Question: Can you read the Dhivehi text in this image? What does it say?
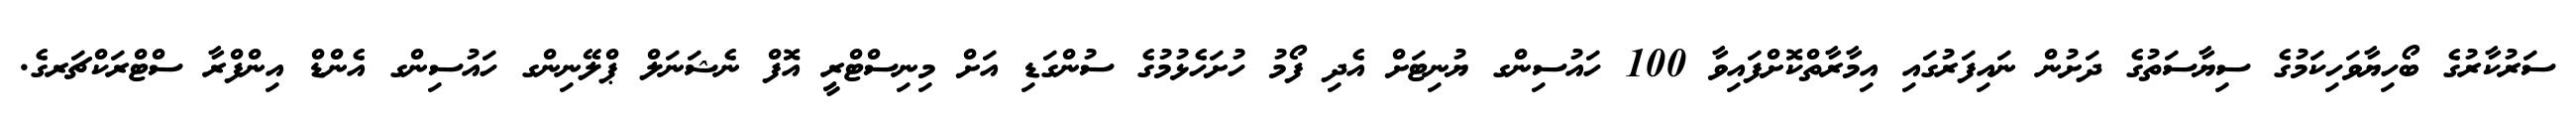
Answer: ސަރުކާރުގެ ބޯހިޔާވަހިކަމުގެ ސިޔާސަތުގެ ދަށުން ނައިފަރުގައި އިމާރާތްކޮށްފައިވާ 100 ހައުސިންގ ޔުނިޓަށް އެދި ފޯމު ހުށަހެޅުމުގެ ސުންގަޑި އަށް މިނިސްޓްރީ އޮފް ނެޝަނަލް ޕްލޭނިންގ ހައުސިންގ އެންޑް އިންފްރާ ސްޓްރަކްޗަރގެ.